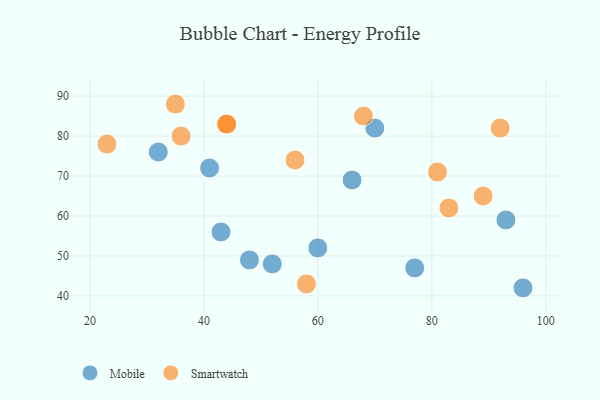
{"axis": {"x": "GDP", "y": "Life Expectancy"}, "legend": ["Mobile", "Smartwatch"], "data": [{"x": "60", "y": 52, "type": "Mobile"}, {"x": "66", "y": 69, "type": "Mobile"}, {"x": "70", "y": 82, "type": "Mobile"}, {"x": "32", "y": 76, "type": "Mobile"}, {"x": "96", "y": 42, "type": "Mobile"}, {"x": "41", "y": 72, "type": "Mobile"}, {"x": "77", "y": 47, "type": "Mobile"}, {"x": "48", "y": 49, "type": "Mobile"}, {"x": "93", "y": 59, "type": "Mobile"}, {"x": "52", "y": 48, "type": "Mobile"}, {"x": "43", "y": 56, "type": "Mobile"}, {"x": "23", "y": 78, "type": "Smartwatch"}, {"x": "83", "y": 62, "type": "Smartwatch"}, {"x": "36", "y": 80, "type": "Smartwatch"}, {"x": "89", "y": 65, "type": "Smartwatch"}, {"x": "44", "y": 83, "type": "Smartwatch"}, {"x": "56", "y": 74, "type": "Smartwatch"}, {"x": "92", "y": 82, "type": "Smartwatch"}, {"x": "58", "y": 43, "type": "Smartwatch"}, {"x": "44", "y": 83, "type": "Smartwatch"}, {"x": "68", "y": 85, "type": "Smartwatch"}, {"x": "35", "y": 88, "type": "Smartwatch"}, {"x": "81", "y": 71, "type": "Smartwatch"}]}